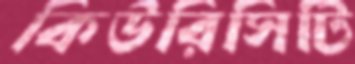
কিউরিসিটি